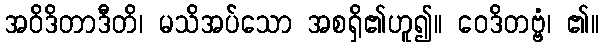
အဝိဒိတာဒီတိ၊ မသိအပ်သော အစရှိ၏ဟူ၍။ ဝေဒိတဗ္ဗံ၊ ၏။